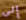
إلى